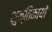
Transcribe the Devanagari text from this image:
शुक्तिकायों